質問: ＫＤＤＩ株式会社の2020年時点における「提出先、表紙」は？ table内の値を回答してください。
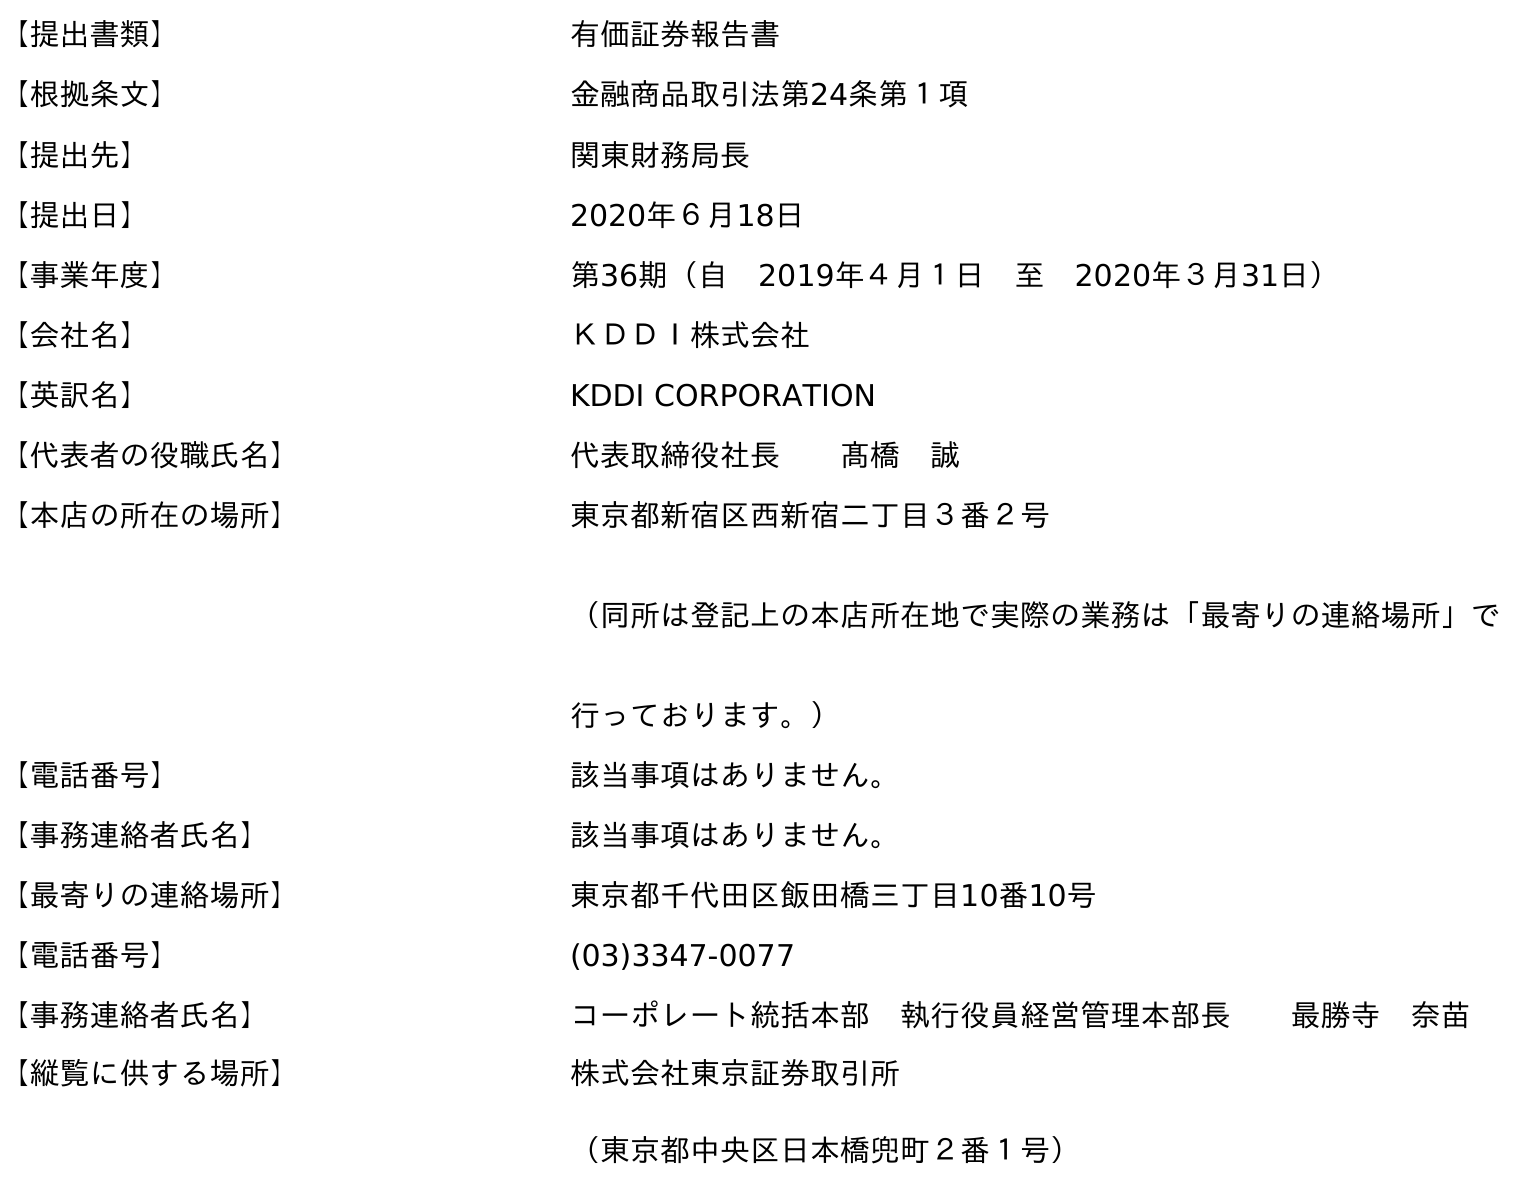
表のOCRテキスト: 【提出書類】 有価証券報告書 【根拠条文】 金融商品取引法第24条第１項 【提出先】 関東財務局長 【提出日】 2020年６月18日 【事業年度】 第36期（自 2019年４月１日 至 2020年３月31日） 【会社名】 ＫＤＤＩ株式会社 【英訳名】 KDDI CORPORATION 【代表者の役職氏名】 代表取締役社長  髙橋 誠 【本店の所在の場所】 東京都新宿区西新宿二丁目３番２号 （同所は登記上の本店所在地で実際の業務は「最寄りの連絡場所」で 行っております。） 【電話番号】 該当事項はありません。 【事務連絡者氏名】 該当事項はありません。 【最寄りの連絡場所】 東京都千代田区飯田橋三丁目10番10号 【電話番号】 (03)3347-0077 【事務連絡者氏名】 コーポレート統括本部 執行役員経営管理本部長  最勝寺 奈苗 【縦覧に供する場所】 株式会社東京証券取引所 （東京都中央区日本橋兜町２番１号）
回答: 関東財務局長